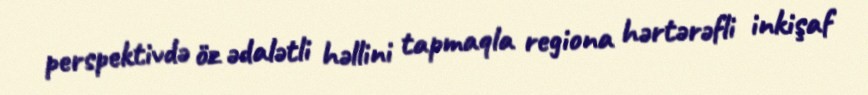
perspektivdə öz ədalətli həllini tapmaqla regiona hərtərəfli inkişaf